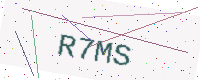
Text: R7MS